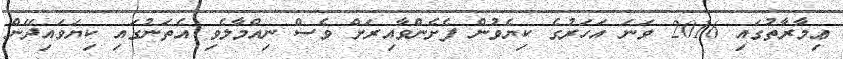
ޢިމާރާތުގައި 2016 ވަނަ އަހަރުގެ ކިޔެވުން ފެށެންވާއިރަށް ވެސް ނިއްމާލެވި އެތަނުގައި ކިޔަވައިދޭން